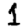
Digit: 1